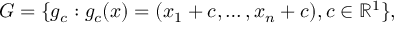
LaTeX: G = \{ g _ { c } : g _ { c } ( x ) = ( x _ { 1 } + c , \dots , x _ { n } + c ) , c \in \mathbb { R } ^ { 1 } \} ,